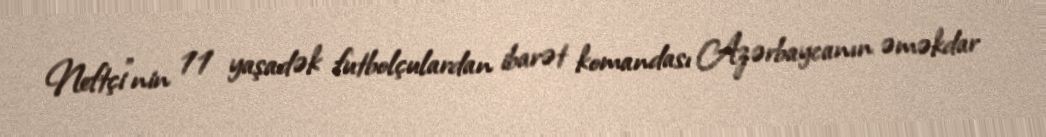
Neftçi"nin 11 yaşadək futbolçulardan ibarət komandası Azərbaycanın əməkdar